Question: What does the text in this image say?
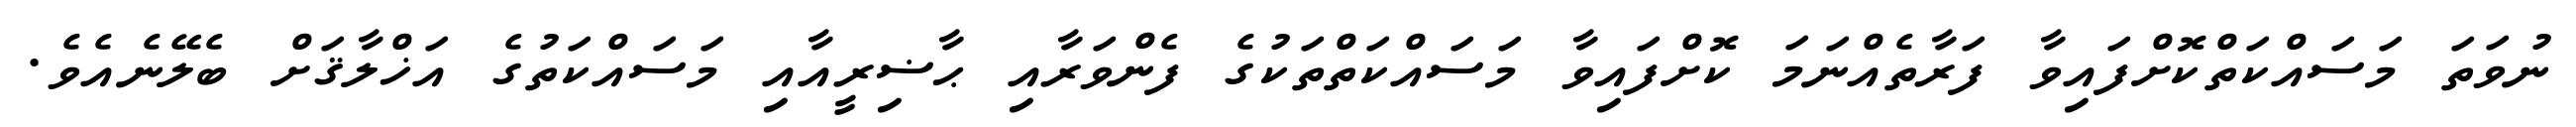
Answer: ނުވަތަ މަސައްކަތްކޮށްފައިވާ ފަރާތެއްނަމަ ކޮށްފައިވާ މަސައްކަތްތަކުގެ ފެންވަރާއި ޙާޟިރީއާއި މަސައްކަތުގެ އަޚްލާޤަށް ބެލޭނެއެވެ.